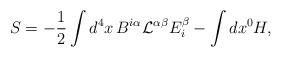
LaTeX: \begin{align*}S=-{1\over 2}\int d^4x\,B^{i\alpha}{\mathcal L}^{\alpha\beta}E^\beta_i - \int dx^0 H,\end{align*}